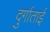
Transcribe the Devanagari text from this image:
दुर्गाताई